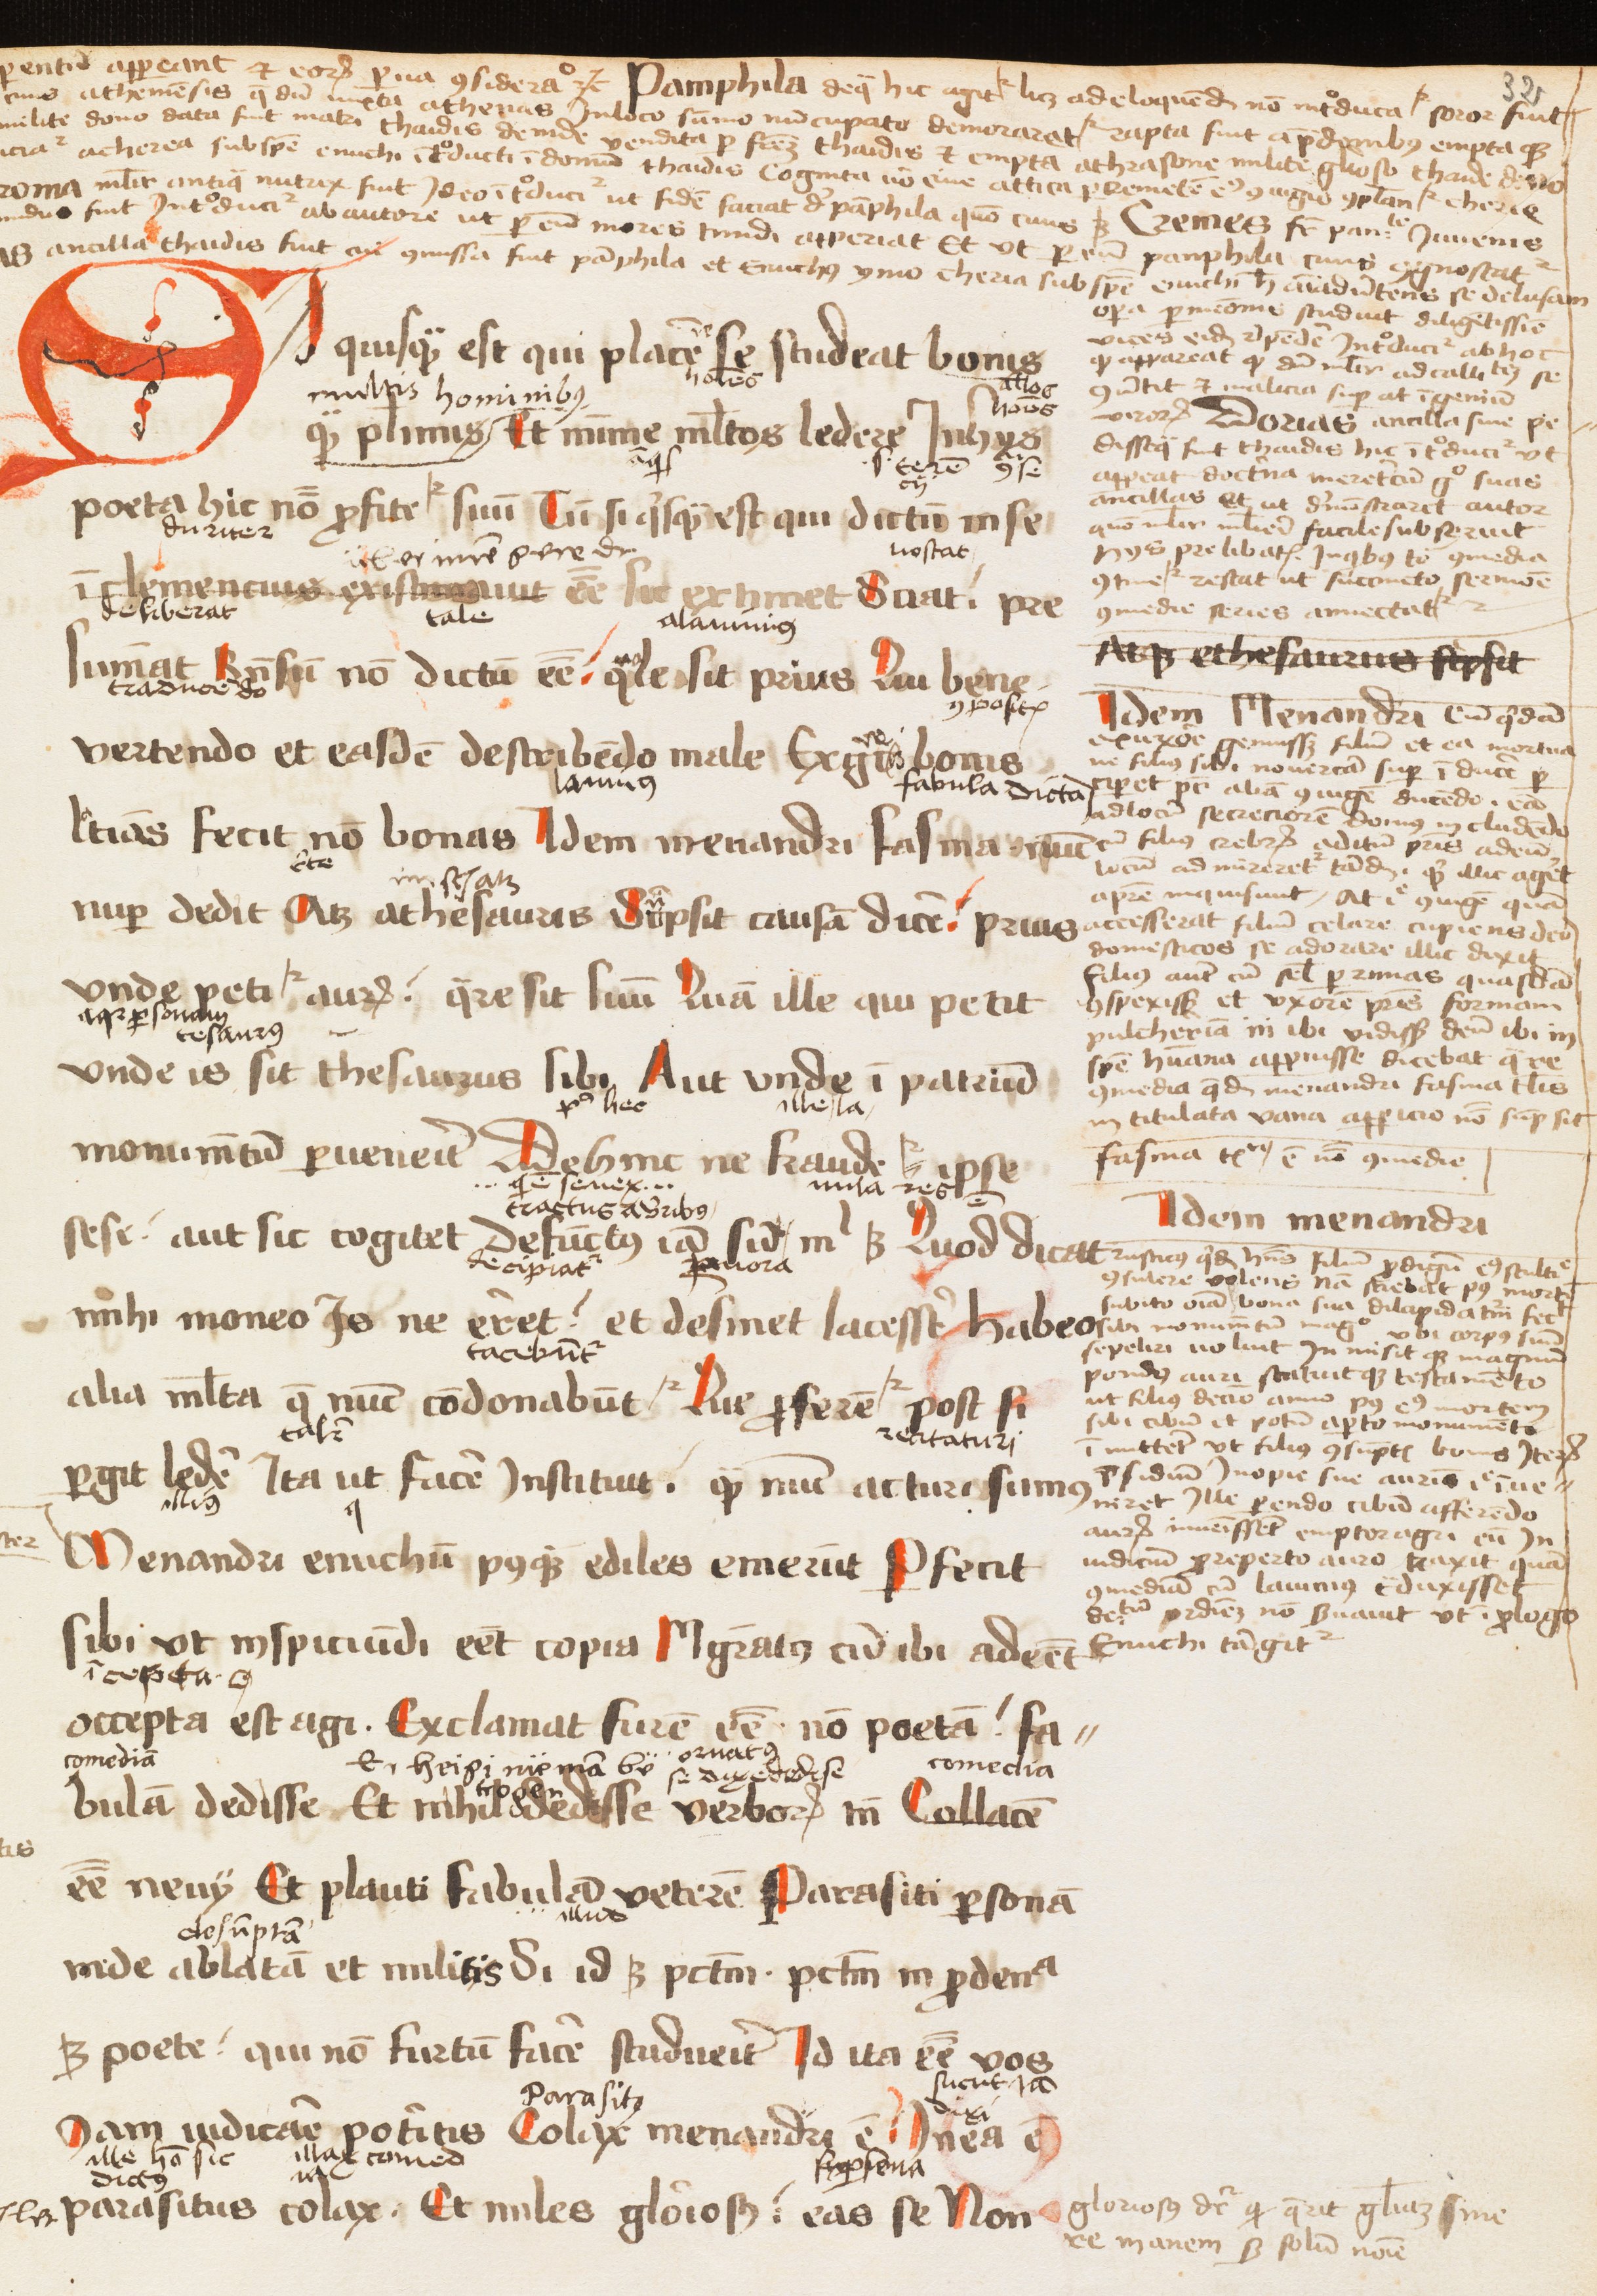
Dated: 1472–1477